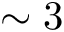
\sim 3